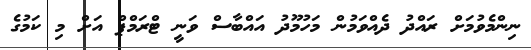
ނިންމެވުމަށް ރައްދު ދެއްވަމުން މަހުމޫދު އައްބާސް ވަނީ ޓްރަމްޕް އަށް މި ކަމުގެ